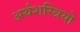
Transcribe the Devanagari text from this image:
अर्थशस्त्रियो